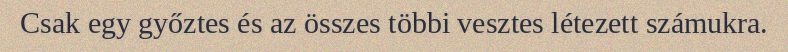
Csak egy győztes és az összes többi vesztes létezett számukra.